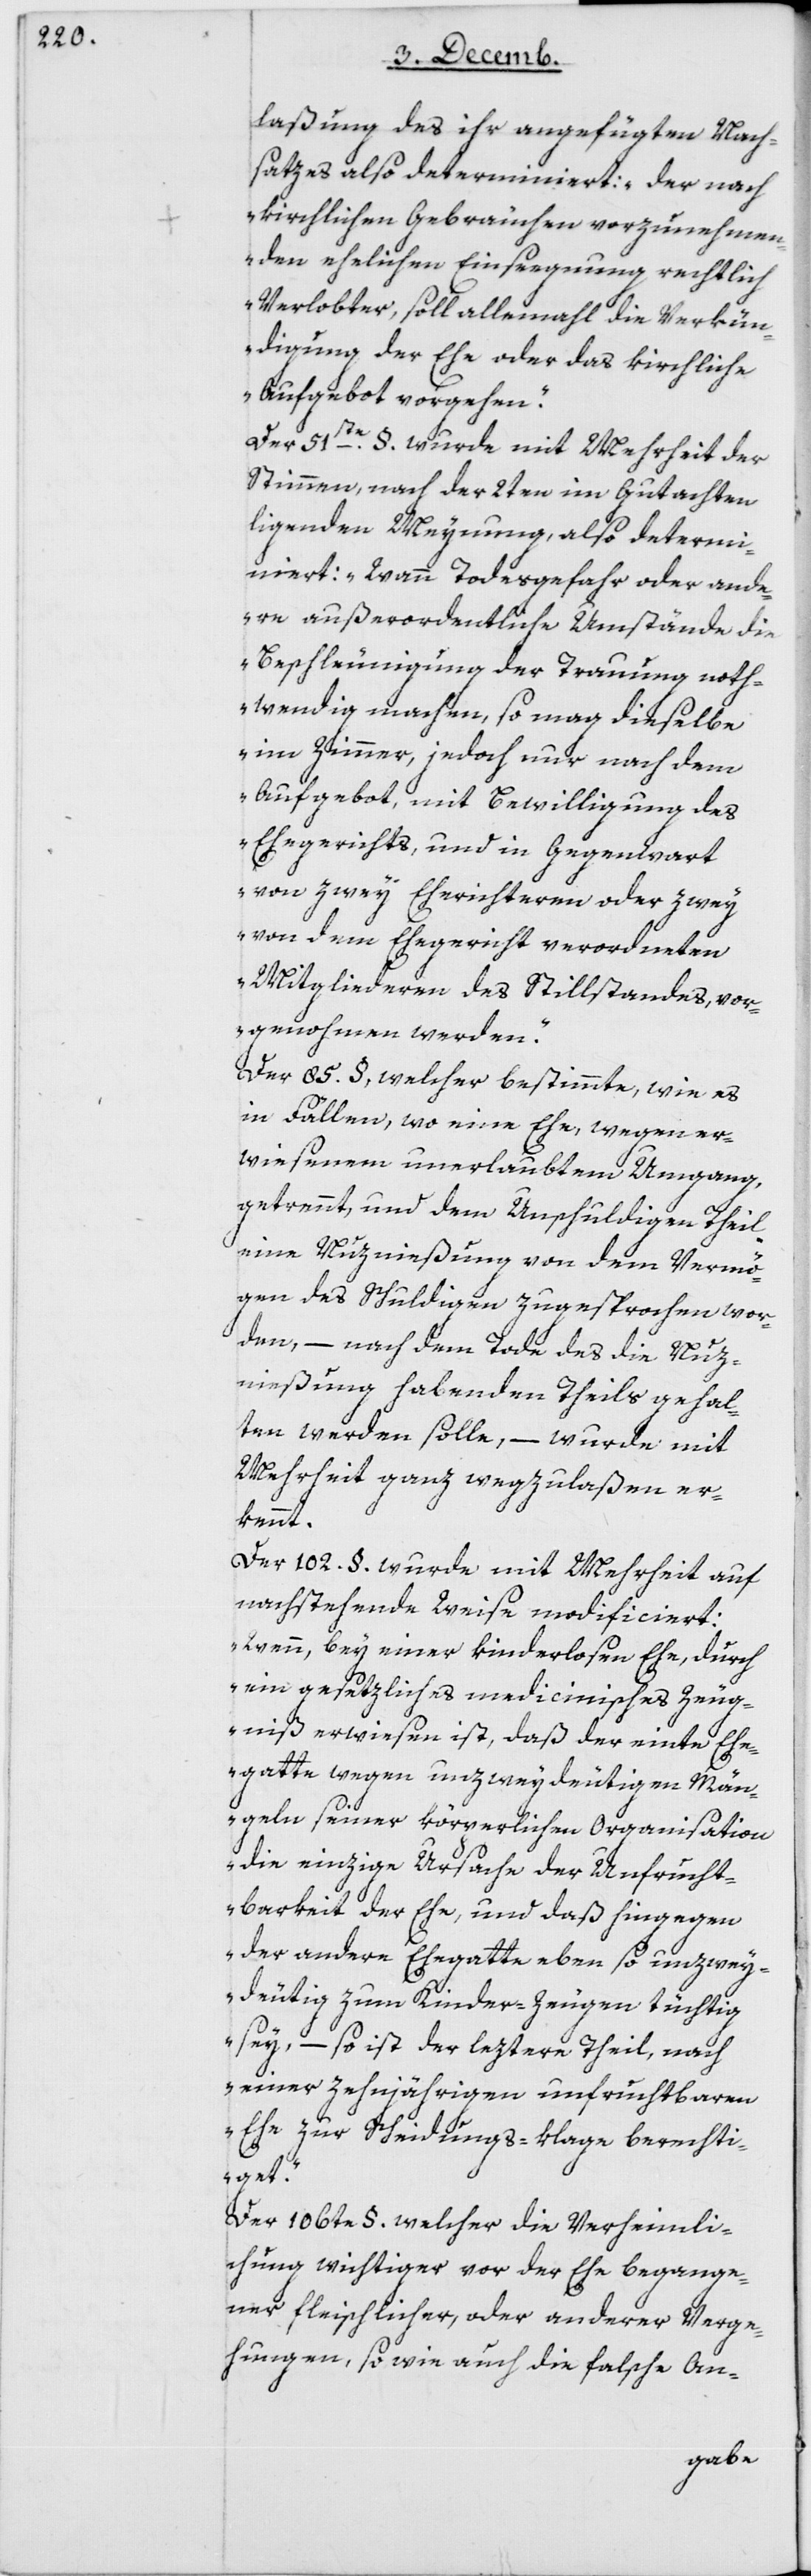
laßung des ihr angefügten Nach¬
satzes also determiniert: „Der nach
kirchlichen Gebräuchen vorzunehmen¬
den ehelichen Einsegnung rechtlich
Verlobter, soll allemahl die Verkün¬
digung der Ehe oder das kirchliche
Aufgebot vorgehen.“
Der 51ste § wurde mit Mehrheit der
Stimmen, nach der 2ten im Gutachten
ligenden Meynung, also determi¬
niert: „Wann Todesgefahr oder ande¬
re außerordentliche Umstände die
Beschleunigung der Trauung not¬
wendig machen, so mag dieselbe
im Zimmer, jedoch nur nach dem
Aufgebot, mit Bewilligung des
Ehegerichts, und in Gegenwart
von zwey Eherichtern oder zwey
von dem Ehegericht verordneten
Mitgliederen des Stillstandes vor¬
genohmen werden.“
Der 85 §, welcher bestimmte, wie es
in Fällen, wo eine Ehe wegen er¬
wiesenem unerlaubten Umgang,
getrennt und dem unschuldigen Theil
eine Nuznießung von dem Vermö¬
gen des Schuldigen zugesprochen wor¬
den, – nach dem Tode des die Nuz¬
nießung habenden Theils gehal¬
ten werden solle, – wurde mit
Mehrheit ganz wegzulaßen er¬
kennt.
Der 102 § wurde mit Mehrheit auf
nachstehende Weise modificiert:
„Wenn bey einer kinderlosen Ehe, durch
ein gesetzliches medicinisches Zeug¬
niß erwiesen ist, daß der einte Ehe¬
gatte wegen unzweydeutigen Män¬
geln seiner körperlichen Organisation
die einzige Ursache der Unfrucht¬
barkeit der Ehe, und daß hingegen
der andere Ehegatte eben so unzwey¬
deutig zum Kinderzeugen tüchtig
sey, – so ist der leztereTheil, nach
einer zehnjährigen unfruchtbaren
Ehe zur Scheidungs-klage berechti¬
get.“
Der 106te §. welcher die Verheimli¬
chung wichtiger vor der Ehe begange¬
ner fleischlicher oder anderer Verge¬
hungen, sowie auch die falsche An-